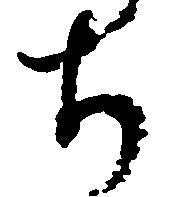
ち